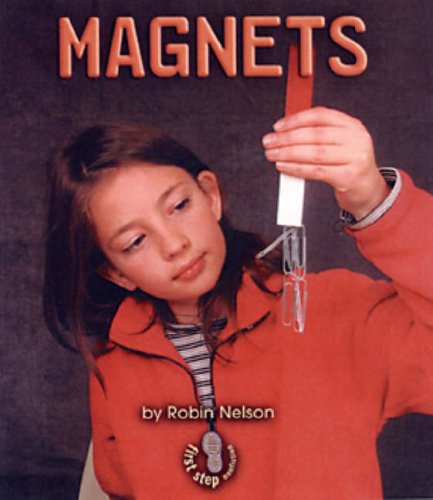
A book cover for Magnets (First Step Nonfiction Forces and Motion); Robin Nelson; Children's Books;